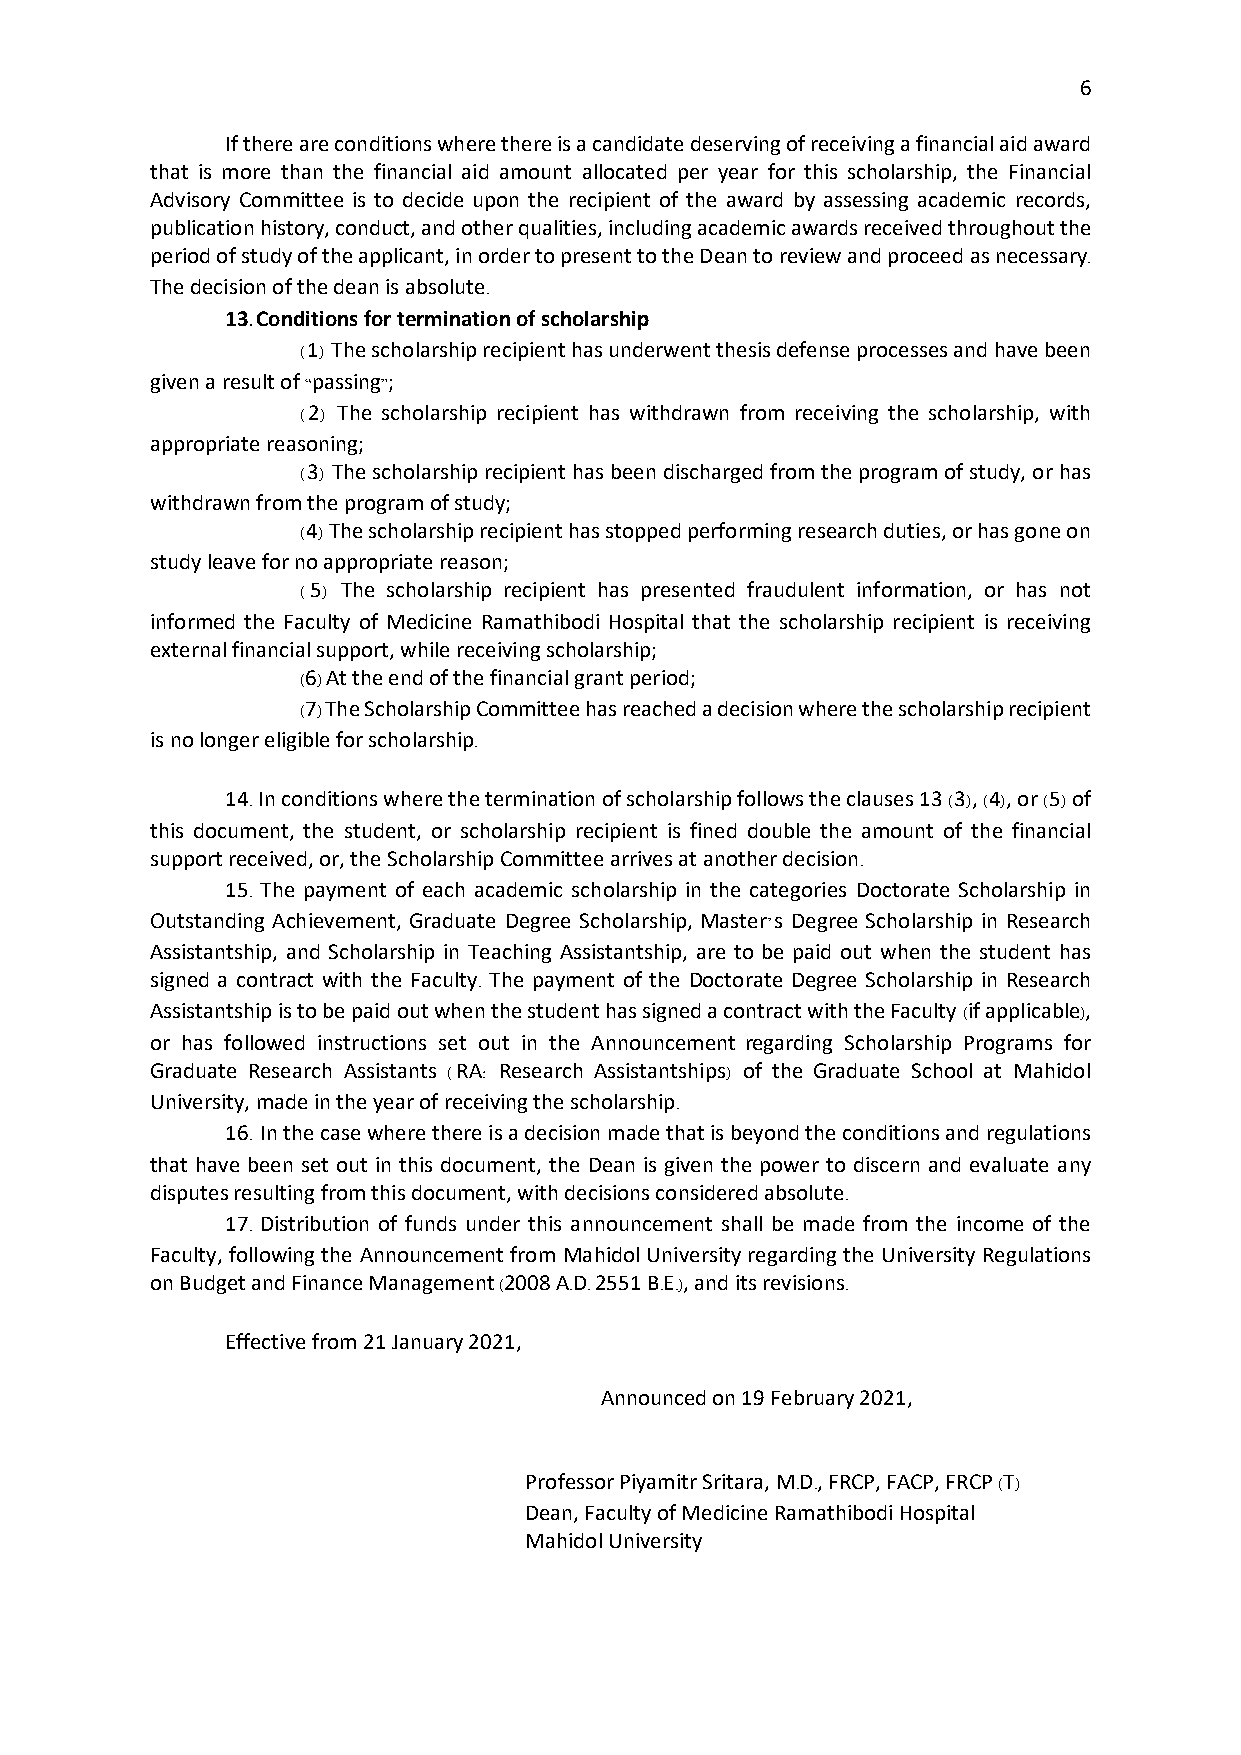
6
 If there are conditions where there is a candidate deserving of receiving a financial aid award
 that is more than the financial aid amount allocated per year for this scholarship, the Financial
 Advisory Committee is to decide upon the recipient of the award by assessing academic records,
 publication history, conduct, and other qualities, including academic awards received throughout the
 period of study of the applicant, in order to present to the Dean to review and proceed as necessary.
 The decision of the dean is absolute.
 13. Conditions for termination of scholarship
 (1) The scholarship recipient has underwent thesis defense processes and have been
 given a result of “passing”;
 (2) The scholarship recipient has withdrawn from receiving the scholarship, with
 appropriate reasoning;
 (3) The scholarship recipient has been discharged from the program of study, or has
 withdrawn from the program of study;
 (4) The scholarship recipient has stopped performing research duties, or has gone on
 study leave for no appropriate reason;
 (5) The scholarship recipient has presented fraudulent information, or has not
 informed the Faculty of Medicine Ramathibodi Hospital that the scholarship recipient is receiving
 external financial support, while receiving scholarship;
 (6) At the end of the financial grant period;
 (7) The Scholarship Committee has reached a decision where the scholarship recipient
 is no longer eligible for scholarship.
 14. In conditions where the termination of scholarship follows the clauses 13 (3), (4), or (5) of
 this document, the student, or scholarship recipient is fined double the amount of the financial
 support received, or, the Scholarship Committee arrives at another decision.
 15. The payment of each academic scholarship in the categories Doctorate Scholarship in
 Outstanding Achievement, Graduate Degree Scholarship, Master’s Degree Scholarship in Research
 Assistantship, and Scholarship in Teaching Assistantship, are to be paid out when the student has
 signed a contract with the Faculty. The payment of the Doctorate Degree Scholarship in Research
 Assistantship is to be paid out when the student has signed a contract with the Faculty (if applicable),
 or has followed instructions set out in the Announcement regarding Scholarship Programs for
 Graduate Research Assistants (RA: Research Assistantships) of the Graduate School at Mahidol
 University, made in the year of receiving the scholarship.
 16. In the case where there is a decision made that is beyond the conditions and regulations
 that have been set out in this document, the Dean is given the power to discern and evaluate any
 disputes resulting from this document, with decisions considered absolute.
 17. Distribution of funds under this announcement shall be made from the income of the
 Faculty, following the Announcement from Mahidol University regarding the University Regulations
 on Budget and Finance Management (2008 A.D. 2551 B.E.), and its revisions.
 Effective from 21 January 2021,
 Announced on 19 February 2021,
 Professor Piyamitr Sritara, M.D., FRCP, FACP, FRCP (T)
 Dean, Faculty of Medicine Ramathibodi Hospital
 Mahidol University